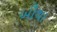
બૌથા